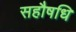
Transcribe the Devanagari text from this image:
सहौषधि